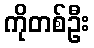
ကိုတစ်ဦး